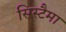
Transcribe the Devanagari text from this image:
सिस्टैमा